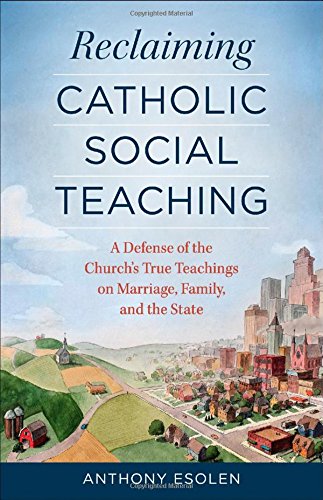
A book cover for Reclaiming Catholic Social Teaching; Anthony Esolen; Christian Books & Bibles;